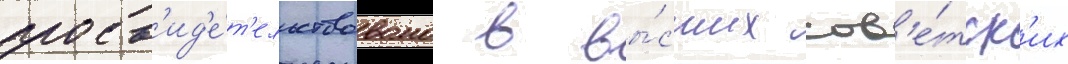
засв'ид'е́т'ельствовано в вы́сших сов'е́тск'их